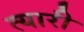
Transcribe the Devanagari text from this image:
त्यारी